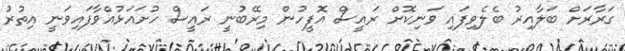
ގަރާރަށް ބަލާއިރު ބެލެވިފައި ވަނިކޮށް ރައީސް އޮފީހުން މިރޭބުނީ ރައީސް ހުށައަޅުއްވާފައިވަނީ އިތުރު